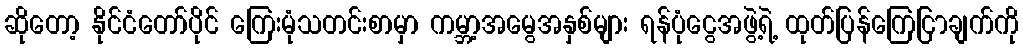
ဆိုတော့ နိုင်ငံတော်ပိုင် ကြေးမုံသတင်းစာမှာ ကမ္ဘာ့အမွေအနှစ်များ ရန်ပုံငွေအဖွဲ့ရဲ့ ထုတ်ပြန်ကြေငြာချက်ကို